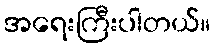
အရေးကြီးပါတယ်။